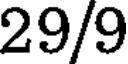
29/9